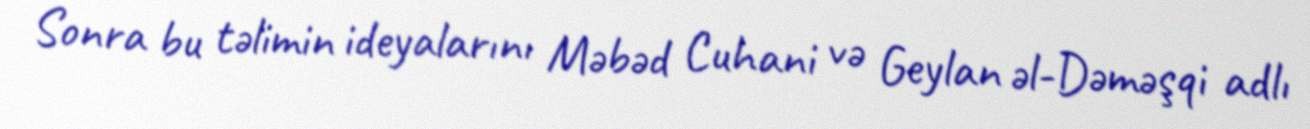
Sonra bu təlimin ideyalarını Məbəd Cuhani və Geylan əl-Dəməşqi adlı